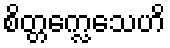
စိတ္တက္လေသေဟိ